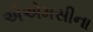
એએમસીના